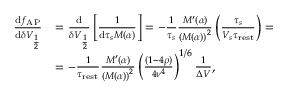
\begin{array} { r l } { \frac { \mathrm { d } f _ { \mathrm { A P } } } { \mathrm { d } \delta V _ { \frac { 1 } { 2 } } } } & { = \frac { \mathrm { d } } { \delta V _ { \frac { 1 } { 2 } } } \left[ \frac { 1 } { \mathrm { d } \tau _ { s } M ( \alpha ) } \right] = - \frac { 1 } { \tau _ { s } } \frac { M ^ { \prime } ( \alpha ) } { \left( M ( \alpha ) \right) ^ { 2 } } \left( \frac { \tau _ { s } } { V _ { s } \tau _ { \mathrm { r e s t } } } \right) = } \\ & { = - \frac { 1 } { \tau _ { \mathrm { r e s t } } } \frac { M ^ { \prime } ( \alpha ) } { \left( M ( \alpha ) \right) ^ { 2 } } \left( \frac { ( 1 - 4 \rho ) } { 4 \nu ^ { 4 } } \right) ^ { 1 / 6 } \frac { 1 } { \Delta V } , } \end{array}